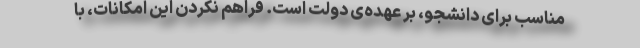
مناسب برای دانشجو، بر عهده‌ی دولت است. فراهم نکردن این امکانات، با